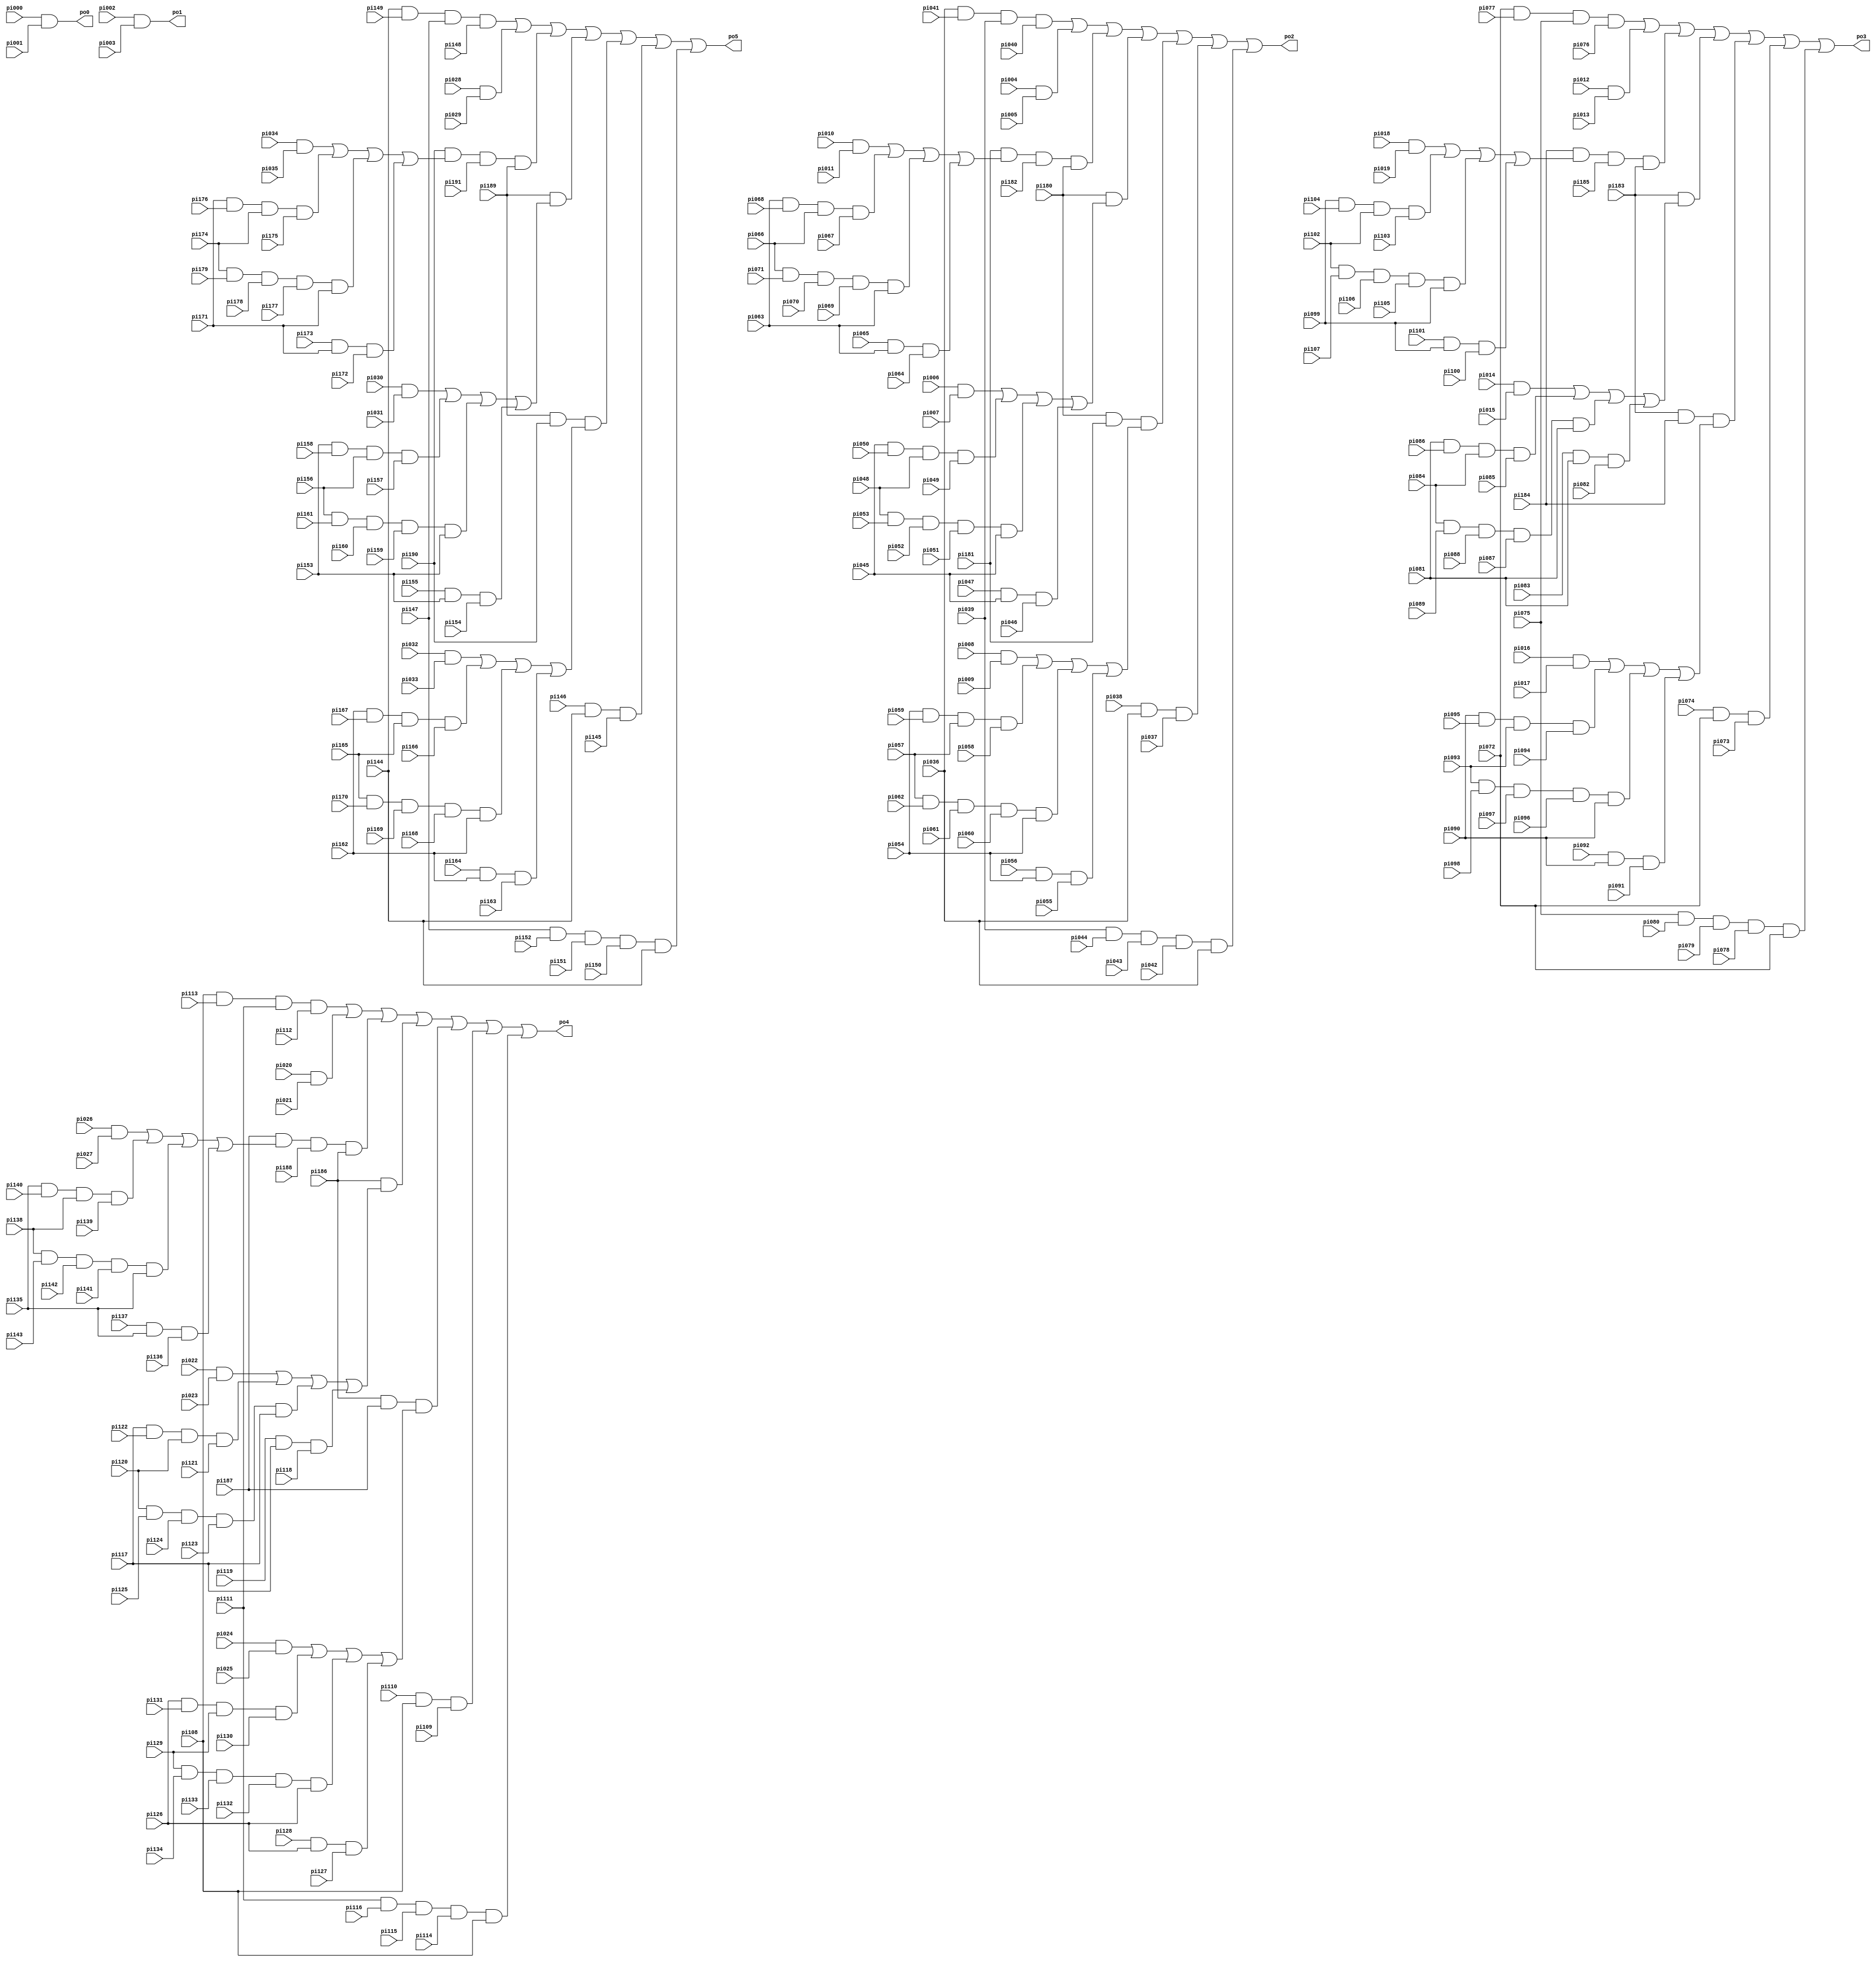
// Benchmark "i4" written by ABC on Thu Mar 19 13:02:36 2020

module i4 ( 
    pi000, pi001, pi002, pi003, pi004, pi005, pi006, pi007, pi008, pi009,
    pi010, pi011, pi012, pi013, pi014, pi015, pi016, pi017, pi018, pi019,
    pi020, pi021, pi022, pi023, pi024, pi025, pi026, pi027, pi028, pi029,
    pi030, pi031, pi032, pi033, pi034, pi035, pi036, pi037, pi038, pi039,
    pi040, pi041, pi042, pi043, pi044, pi045, pi046, pi047, pi048, pi049,
    pi050, pi051, pi052, pi053, pi054, pi055, pi056, pi057, pi058, pi059,
    pi060, pi061, pi062, pi063, pi064, pi065, pi066, pi067, pi068, pi069,
    pi070, pi071, pi072, pi073, pi074, pi075, pi076, pi077, pi078, pi079,
    pi080, pi081, pi082, pi083, pi084, pi085, pi086, pi087, pi088, pi089,
    pi090, pi091, pi092, pi093, pi094, pi095, pi096, pi097, pi098, pi099,
    pi100, pi101, pi102, pi103, pi104, pi105, pi106, pi107, pi108, pi109,
    pi110, pi111, pi112, pi113, pi114, pi115, pi116, pi117, pi118, pi119,
    pi120, pi121, pi122, pi123, pi124, pi125, pi126, pi127, pi128, pi129,
    pi130, pi131, pi132, pi133, pi134, pi135, pi136, pi137, pi138, pi139,
    pi140, pi141, pi142, pi143, pi144, pi145, pi146, pi147, pi148, pi149,
    pi150, pi151, pi152, pi153, pi154, pi155, pi156, pi157, pi158, pi159,
    pi160, pi161, pi162, pi163, pi164, pi165, pi166, pi167, pi168, pi169,
    pi170, pi171, pi172, pi173, pi174, pi175, pi176, pi177, pi178, pi179,
    pi180, pi181, pi182, pi183, pi184, pi185, pi186, pi187, pi188, pi189,
    pi190, pi191,
    po0, po1, po2, po3, po4, po5  );
  input  pi000, pi001, pi002, pi003, pi004, pi005, pi006, pi007, pi008,
    pi009, pi010, pi011, pi012, pi013, pi014, pi015, pi016, pi017, pi018,
    pi019, pi020, pi021, pi022, pi023, pi024, pi025, pi026, pi027, pi028,
    pi029, pi030, pi031, pi032, pi033, pi034, pi035, pi036, pi037, pi038,
    pi039, pi040, pi041, pi042, pi043, pi044, pi045, pi046, pi047, pi048,
    pi049, pi050, pi051, pi052, pi053, pi054, pi055, pi056, pi057, pi058,
    pi059, pi060, pi061, pi062, pi063, pi064, pi065, pi066, pi067, pi068,
    pi069, pi070, pi071, pi072, pi073, pi074, pi075, pi076, pi077, pi078,
    pi079, pi080, pi081, pi082, pi083, pi084, pi085, pi086, pi087, pi088,
    pi089, pi090, pi091, pi092, pi093, pi094, pi095, pi096, pi097, pi098,
    pi099, pi100, pi101, pi102, pi103, pi104, pi105, pi106, pi107, pi108,
    pi109, pi110, pi111, pi112, pi113, pi114, pi115, pi116, pi117, pi118,
    pi119, pi120, pi121, pi122, pi123, pi124, pi125, pi126, pi127, pi128,
    pi129, pi130, pi131, pi132, pi133, pi134, pi135, pi136, pi137, pi138,
    pi139, pi140, pi141, pi142, pi143, pi144, pi145, pi146, pi147, pi148,
    pi149, pi150, pi151, pi152, pi153, pi154, pi155, pi156, pi157, pi158,
    pi159, pi160, pi161, pi162, pi163, pi164, pi165, pi166, pi167, pi168,
    pi169, pi170, pi171, pi172, pi173, pi174, pi175, pi176, pi177, pi178,
    pi179, pi180, pi181, pi182, pi183, pi184, pi185, pi186, pi187, pi188,
    pi189, pi190, pi191;
  output po0, po1, po2, po3, po4, po5;
  wire new_n201_, new_n202_, new_n203_, new_n204_, new_n205_, new_n206_,
    new_n207_, new_n208_, new_n209_, new_n210_, new_n211_, new_n212_,
    new_n213_, new_n214_, new_n215_, new_n216_, new_n217_, new_n218_,
    new_n219_, new_n220_, new_n221_, new_n222_, new_n223_, new_n224_,
    new_n225_, new_n226_, new_n227_, new_n228_, new_n229_, new_n230_,
    new_n231_, new_n232_, new_n233_, new_n234_, new_n235_, new_n236_,
    new_n237_, new_n238_, new_n239_, new_n240_, new_n241_, new_n242_,
    new_n243_, new_n244_, new_n245_, new_n246_, new_n247_, new_n248_,
    new_n249_, new_n250_, new_n251_, new_n252_, new_n253_, new_n254_,
    new_n255_, new_n256_, new_n257_, new_n258_, new_n259_, new_n260_,
    new_n261_, new_n262_, new_n263_, new_n264_, new_n265_, new_n266_,
    new_n267_, new_n268_, new_n269_, new_n270_, new_n271_, new_n272_,
    new_n273_, new_n274_, new_n275_, new_n276_, new_n277_, new_n278_,
    new_n279_, new_n280_, new_n281_, new_n282_, new_n283_, new_n284_,
    new_n285_, new_n286_, new_n287_, new_n288_;
  assign po0 = pi000 & pi001;
  assign po1 = pi002 & pi003;
  assign new_n201_ = pi004 & pi005;
  assign new_n202_ = pi006 & pi007;
  assign new_n203_ = pi008 & pi009;
  assign new_n204_ = pi010 & pi011;
  assign new_n205_ = pi012 & pi013;
  assign new_n206_ = pi014 & pi015;
  assign new_n207_ = pi016 & pi017;
  assign new_n208_ = pi018 & pi019;
  assign new_n209_ = pi020 & pi021;
  assign new_n210_ = pi022 & pi023;
  assign new_n211_ = pi024 & pi025;
  assign new_n212_ = pi026 & pi027;
  assign new_n213_ = pi028 & pi029;
  assign new_n214_ = pi030 & pi031;
  assign new_n215_ = pi032 & pi033;
  assign new_n216_ = pi034 & pi035;
  assign new_n217_ = pi038 & pi036 & pi037;
  assign new_n218_ = pi036 & pi041 & pi039 & pi040;
  assign new_n219_ = pi039 & pi044 & pi043 & pi042 & pi036;
  assign new_n220_ = pi047 & pi045 & pi046;
  assign new_n221_ = pi045 & pi050 & pi048 & pi049;
  assign new_n222_ = pi048 & pi053 & pi052 & pi051 & pi045;
  assign new_n223_ = pi056 & pi054 & pi055;
  assign new_n224_ = pi054 & pi059 & pi057 & pi058;
  assign new_n225_ = pi057 & pi062 & pi061 & pi060 & pi054;
  assign new_n226_ = pi065 & pi063 & pi064;
  assign new_n227_ = pi063 & pi068 & pi066 & pi067;
  assign new_n228_ = pi066 & pi071 & pi070 & pi069 & pi063;
  assign new_n229_ = new_n202_ | new_n221_ | new_n222_ | new_n220_;
  assign new_n230_ = new_n203_ | new_n224_ | new_n225_ | new_n223_;
  assign new_n231_ = new_n204_ | new_n227_ | new_n228_ | new_n226_;
  assign new_n232_ = pi074 & pi072 & pi073;
  assign new_n233_ = pi072 & pi077 & pi075 & pi076;
  assign new_n234_ = pi075 & pi080 & pi079 & pi078 & pi072;
  assign new_n235_ = pi083 & pi081 & pi082;
  assign new_n236_ = pi081 & pi086 & pi084 & pi085;
  assign new_n237_ = pi084 & pi089 & pi088 & pi087 & pi081;
  assign new_n238_ = pi092 & pi090 & pi091;
  assign new_n239_ = pi090 & pi095 & pi093 & pi094;
  assign new_n240_ = pi093 & pi098 & pi097 & pi096 & pi090;
  assign new_n241_ = pi101 & pi099 & pi100;
  assign new_n242_ = pi099 & pi104 & pi102 & pi103;
  assign new_n243_ = pi102 & pi107 & pi106 & pi105 & pi099;
  assign new_n244_ = new_n206_ | new_n236_ | new_n237_ | new_n235_;
  assign new_n245_ = new_n207_ | new_n239_ | new_n240_ | new_n238_;
  assign new_n246_ = new_n208_ | new_n242_ | new_n243_ | new_n241_;
  assign new_n247_ = pi110 & pi108 & pi109;
  assign new_n248_ = pi108 & pi113 & pi111 & pi112;
  assign new_n249_ = pi111 & pi116 & pi115 & pi114 & pi108;
  assign new_n250_ = pi119 & pi117 & pi118;
  assign new_n251_ = pi117 & pi122 & pi120 & pi121;
  assign new_n252_ = pi120 & pi125 & pi124 & pi123 & pi117;
  assign new_n253_ = pi128 & pi126 & pi127;
  assign new_n254_ = pi126 & pi131 & pi129 & pi130;
  assign new_n255_ = pi129 & pi134 & pi133 & pi132 & pi126;
  assign new_n256_ = pi137 & pi135 & pi136;
  assign new_n257_ = pi135 & pi140 & pi138 & pi139;
  assign new_n258_ = pi138 & pi143 & pi142 & pi141 & pi135;
  assign new_n259_ = new_n210_ | new_n251_ | new_n252_ | new_n250_;
  assign new_n260_ = new_n211_ | new_n254_ | new_n255_ | new_n253_;
  assign new_n261_ = new_n212_ | new_n257_ | new_n258_ | new_n256_;
  assign new_n262_ = pi146 & pi144 & pi145;
  assign new_n263_ = pi144 & pi149 & pi147 & pi148;
  assign new_n264_ = pi147 & pi152 & pi151 & pi150 & pi144;
  assign new_n265_ = pi155 & pi153 & pi154;
  assign new_n266_ = pi153 & pi158 & pi156 & pi157;
  assign new_n267_ = pi156 & pi161 & pi160 & pi159 & pi153;
  assign new_n268_ = pi164 & pi162 & pi163;
  assign new_n269_ = pi162 & pi167 & pi165 & pi166;
  assign new_n270_ = pi165 & pi170 & pi169 & pi168 & pi162;
  assign new_n271_ = pi173 & pi171 & pi172;
  assign new_n272_ = pi171 & pi176 & pi174 & pi175;
  assign new_n273_ = pi174 & pi179 & pi178 & pi177 & pi171;
  assign new_n274_ = new_n214_ | new_n266_ | new_n267_ | new_n265_;
  assign new_n275_ = new_n215_ | new_n269_ | new_n270_ | new_n268_;
  assign new_n276_ = new_n216_ | new_n272_ | new_n273_ | new_n271_;
  assign new_n277_ = pi180 & new_n229_;
  assign new_n278_ = pi180 & pi181 & new_n230_;
  assign new_n279_ = pi181 & new_n231_ & pi182 & pi180;
  assign new_n280_ = pi183 & new_n244_;
  assign new_n281_ = pi183 & pi184 & new_n245_;
  assign new_n282_ = pi184 & new_n246_ & pi185 & pi183;
  assign new_n283_ = pi186 & new_n259_;
  assign new_n284_ = pi186 & pi187 & new_n260_;
  assign new_n285_ = pi187 & new_n261_ & pi188 & pi186;
  assign new_n286_ = pi189 & new_n274_;
  assign new_n287_ = pi189 & pi190 & new_n275_;
  assign new_n288_ = pi190 & new_n276_ & pi191 & pi189;
  assign po2 = new_n218_ | new_n201_ | new_n279_ | new_n277_ | new_n278_ | new_n217_ | new_n219_;
  assign po3 = new_n233_ | new_n205_ | new_n282_ | new_n280_ | new_n281_ | new_n232_ | new_n234_;
  assign po4 = new_n248_ | new_n209_ | new_n285_ | new_n283_ | new_n284_ | new_n247_ | new_n249_;
  assign po5 = new_n263_ | new_n213_ | new_n288_ | new_n286_ | new_n287_ | new_n262_ | new_n264_;
endmodule